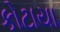
કોટાયા